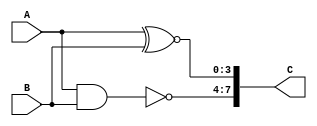
module xornand(A, B,C);
	input [3:0] A, B;
	output [7:0] C;
	
	assign C = {~(A&B),A~^B };
	
endmodule